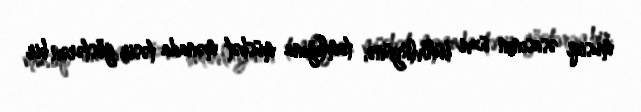
musiqi əsasının üzvi bütövlüyünə, tamlığına müsbət mənada təsir göstərən bir